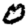
Digit: 0